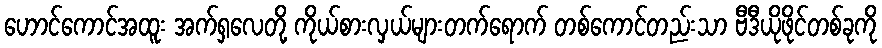
ဟောင်ကောင်အထူး အက်ရှလေတို့ ကိုယ်စားလှယ်များတက်ရောက် တစ်ကောင်တည်းသာ ဗီဒီယိုဖိုင်တစ်ခုကို